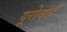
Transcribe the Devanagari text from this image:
यूरोचार्ट